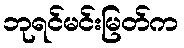
ဘုရင်မင်းမြတ်က